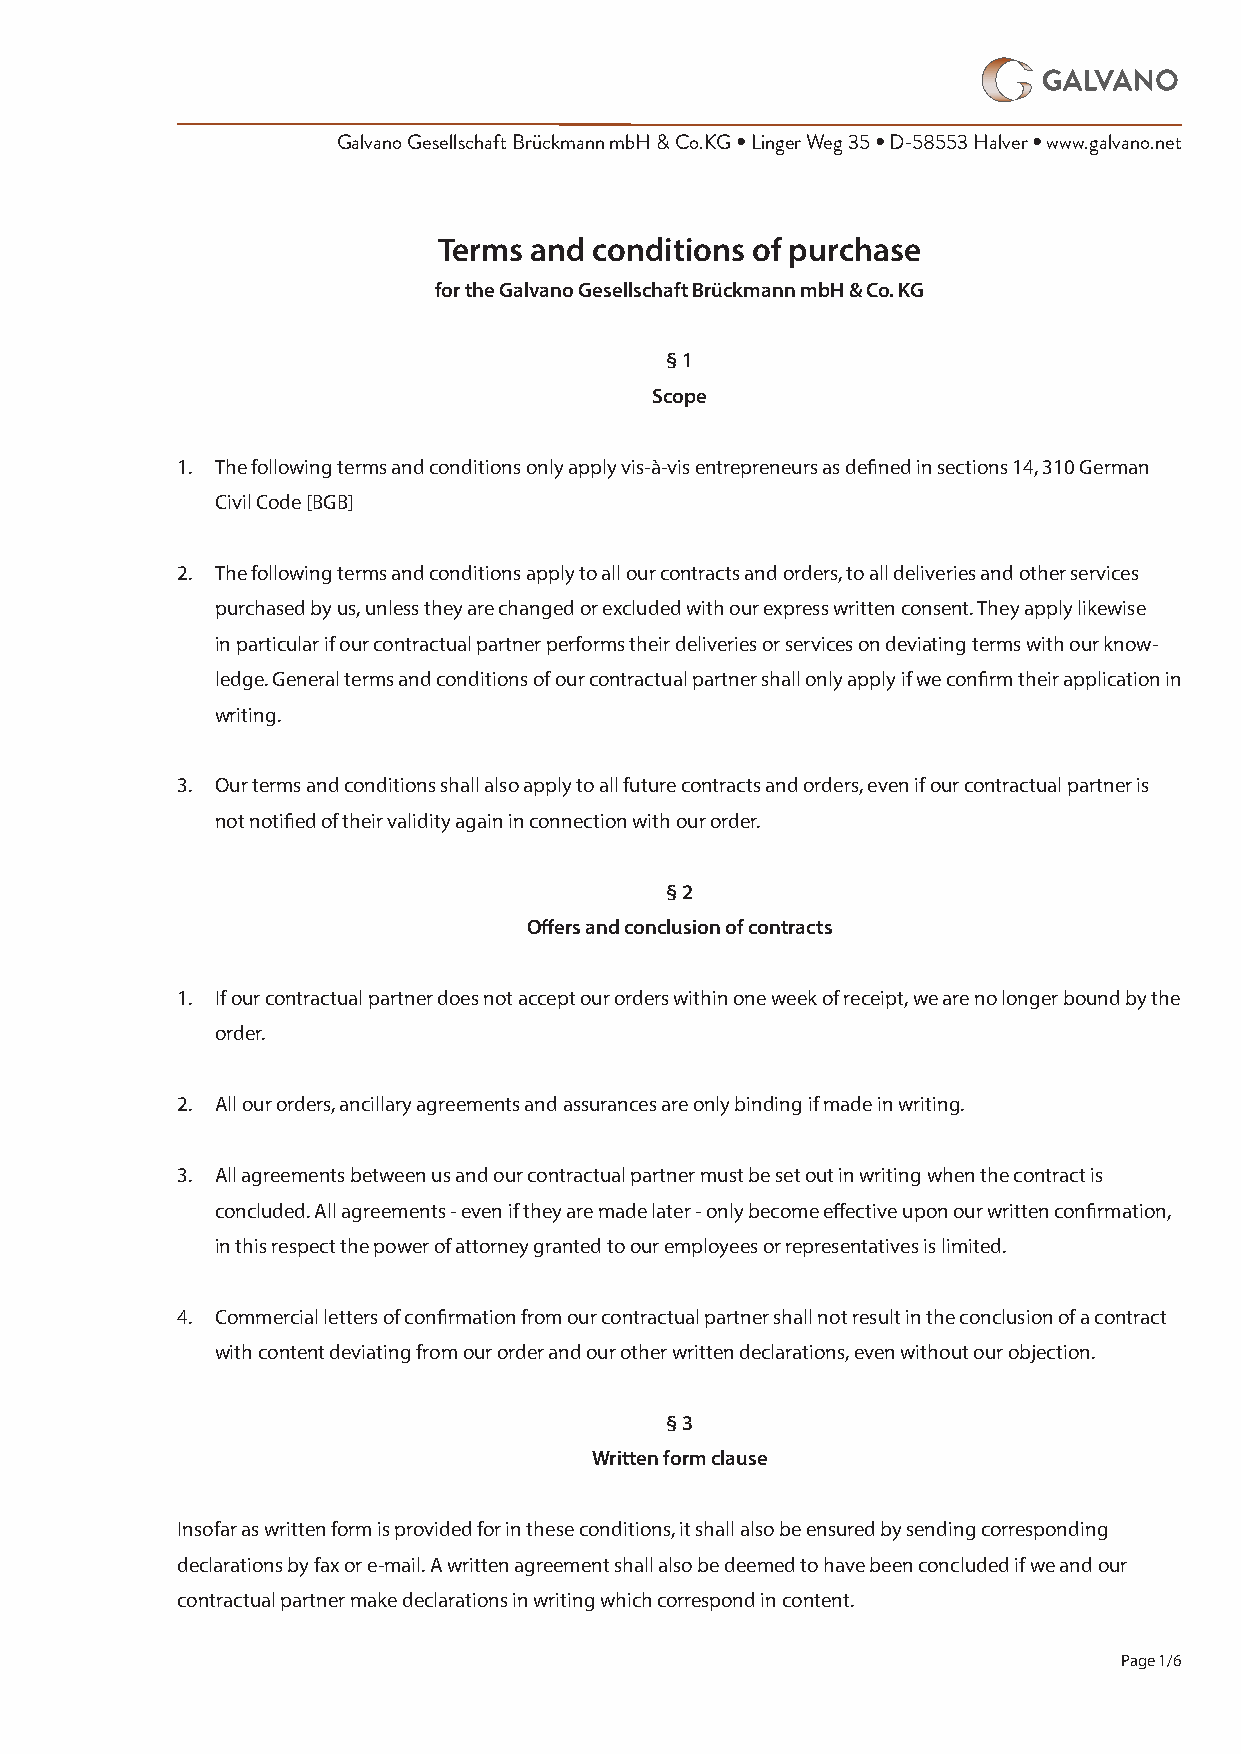
Galvano Gesellschaft Brückmann mbH & Co.KG • Linger Weg 35 • D-58553 Halver • www.galvano.net
 Terms and conditions of purchase
 for the Galvano Gesellschaft Brückmann mbH & Co. KG
 § 1
 Scope
 1. The following terms and conditions only apply vis-à-vis entrepreneurs as defined in sections 14, 310 German
 Civil Code [BGB]
 2. The following terms and conditions apply to all our contracts and orders, to all deliveries and other services
 purchased by us, unless they are changed or excluded with our express written consent. They apply likewise
 in particular if our contractual partner performs their deliveries or services on deviating terms with our know-
 ledge. General terms and conditions of our contractual partner shall only apply if we confirm their application in
 writing.
 3. Our terms and conditions shall also apply to all future contracts and orders, even if our contractual partner is
 not notified of their validity again in connection with our order.
 § 2
 Offers and conclusion of contracts
 1. If our contractual partner does not accept our orders within one week of receipt, we are no longer bound by the
 order.
 2. All our orders, ancillary agreements and assurances are only binding if made in writing.
 3. All agreements between us and our contractual partner must be set out in writing when the contract is
 concluded. All agreements - even if they are made later - only become effective upon our written confirmation,
 in this respect the power of attorney granted to our employees or representatives is limited.
 4. Commercial letters of confirmation from our contractual partner shall not result in the conclusion of a contract
 with content deviating from our order and our other written declarations, even without our objection.
 § 3
 Written form clause
 Insofar as written form is provided for in these conditions, it shall also be ensured by sending corresponding
 declarations by fax or e-mail. A written agreement shall also be deemed to have been concluded if we and our
 contractual partner make declarations in writing which correspond in content.
 Page 1/6